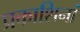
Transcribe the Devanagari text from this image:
प्रकाशिनां